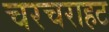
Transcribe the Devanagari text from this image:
चरचराहट